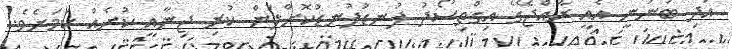
އަދި ބުނަނީ އެއީ ރާއްޖޭގެ އިގްތިސޯދު ފުނޑުފުނޑުކޮށްލަން ކުރި ޖިނާއީ ކުށެއް ކަމަށެވެ.